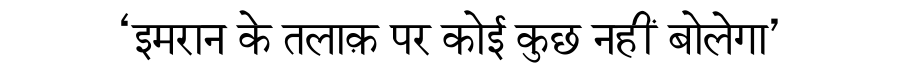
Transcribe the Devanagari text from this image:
‘इमरान के तलाक़ पर कोई कुछ नहीं बोलेगा’